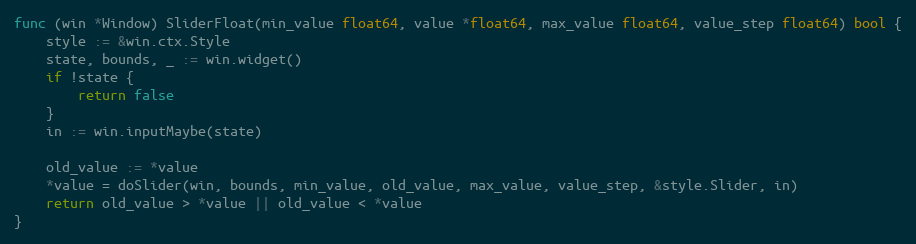
Language: Go
func (win *Window) SliderFloat(min_value float64, value *float64, max_value float64, value_step float64) bool {
	style := &win.ctx.Style
	state, bounds, _ := win.widget()
	if !state {
		return false
	}
	in := win.inputMaybe(state)

	old_value := *value
	*value = doSlider(win, bounds, min_value, old_value, max_value, value_step, &style.Slider, in)
	return old_value > *value || old_value < *value
}